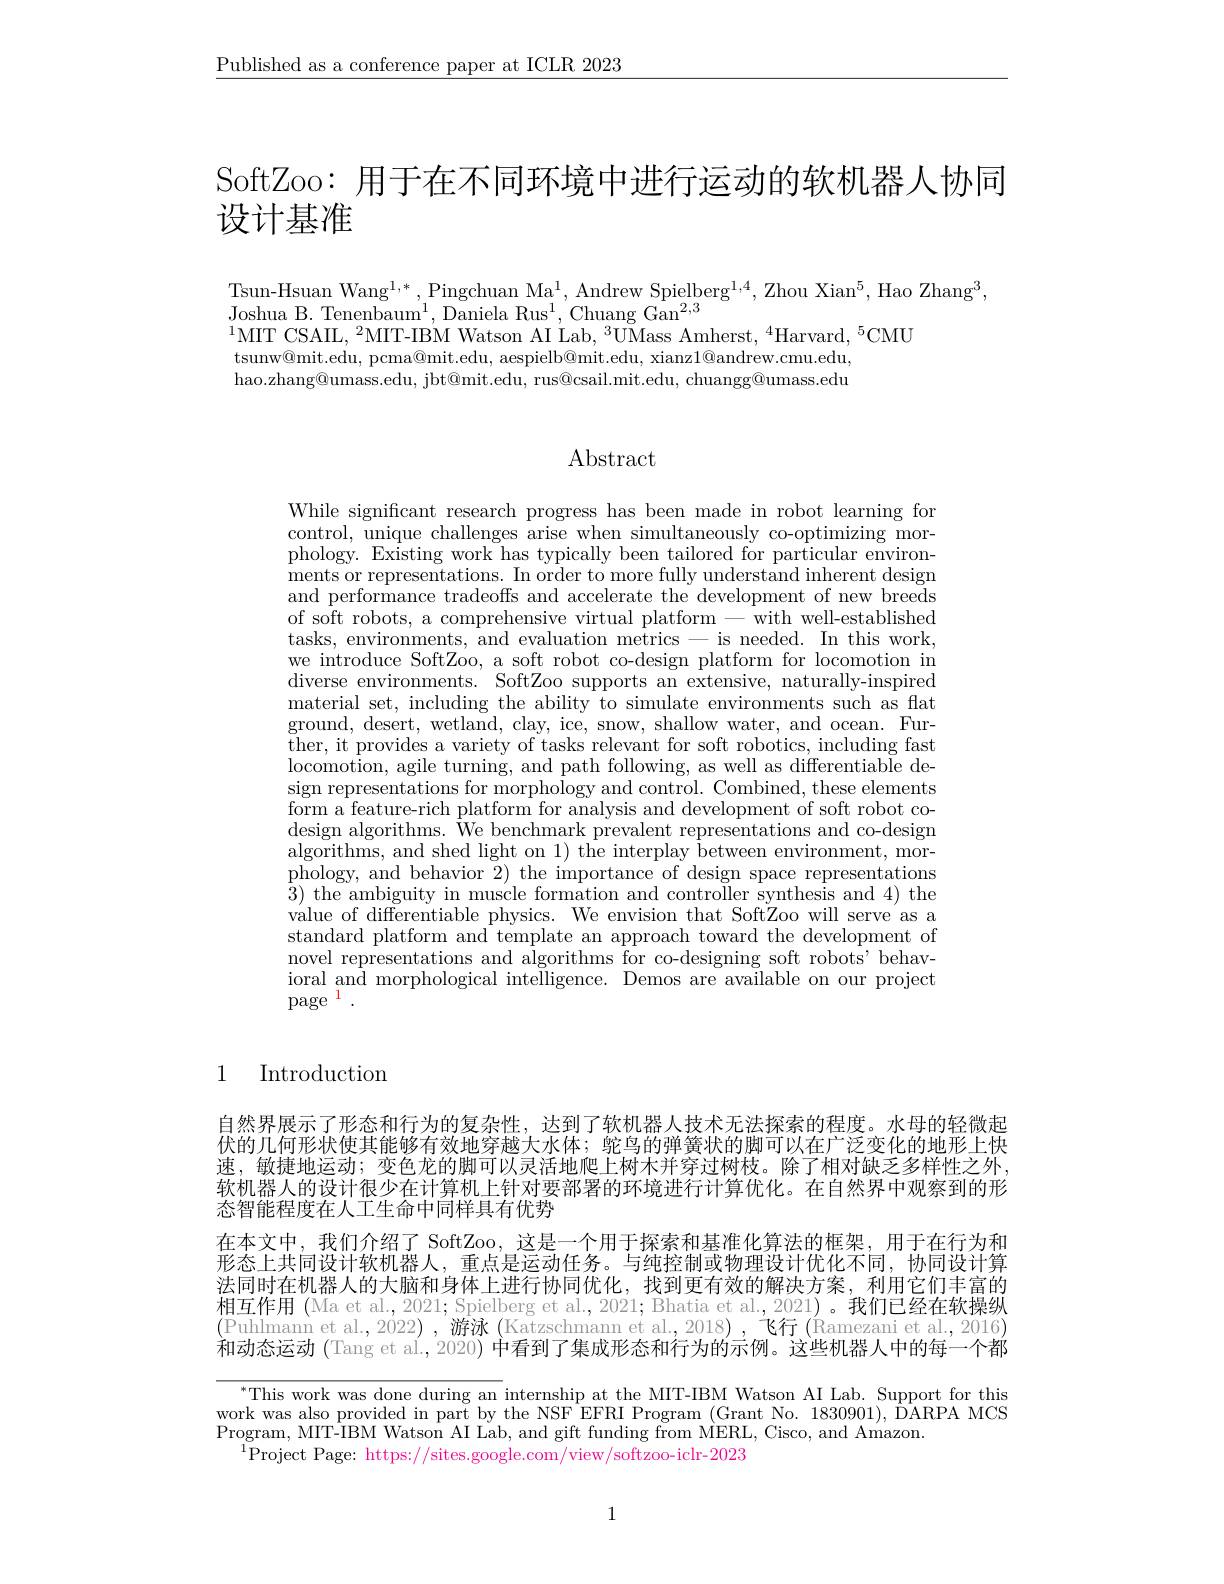
$\underline{\text{Published as a conference paper at ICLR 2023}}$

SoftZoo: 用于在不同环境中进行运动的软机器人协同
# 设计基准

Tsun-Hsuan Wang$^1,*$,Pingchuan Ma$^1$,Andrew Spielberg$^1,4$,Zhou Xian$^5$,Hao Zhang$^3$,
Joshua B. Tenenbaum$^1$, Daniela Rus$^1$, Chuang Gan$^2,3$
$^{1}$MIT CSAIL,$^2$MIT-IBM Watson AI Lab,$^3$UMass Amherst,$^4$Harvard,$^5$CMU
tsunw@mit.edu, pcma@mit.edu, aespielb@mit.edu, xianz$1@$andrew.cmu.edu, hao.zhang@umass.edu, jbt@mit.edu, rus@csail.mit.edu, chuangg@umass.edu

### Abstract

While significant research progress has been made in robot learning for control, unique challenges arise when simultaneously co-optimizing morphology. Existing work has typically been tailored for particular environments or representations. In order to more fully understand inherent design and performance tradeoffs and accelerate the development of new breeds of soft robots, a comprehensive virtual platform-with well-established tasks, environments, and evaluation metrics- is needed. In this work, we introduce SoftZoo, a soft robot co-design platform for locomotion in diverse environments. SoftZoo supports an extensive, naturally-inspired material set, including the ability to simulate environments such as flat ground, desert, wetland, clay, ice, snow, shallow water, and ocean. Fur- ther, it provides a variety of tasks relevant for soft robotics, including fast locomotion, agile turning, and path following, as well as differentiable design representations for morphology and control. Combined, these elements form a feature-rich platform for analysis and development of soft robot codesign algorithms. We benchmark prevalent representations and co-design algorithms, and shed light on 1) the interplay between environment, morphology, and behavior 2) the importance of design space representations $\bar{3})$ the ambiguity in muscle formation and controller synthesis and 4) the value of differentiable physics. We envision that SoftZoo will serve'as a standard platform and template an approach toward the development of novel representations and algorithms for co-designing soft robots'behavioral and morphological intelligence. Demos are available on our project page$^{1}.$

# 1 Introduction

自然界展示了形态和行为的复杂性，达到了软机器人技术无法探索的程度。水母的轻微起伏的几何形状使其能够有效地穿越大水体；鸵鸟的弹簧状的脚可以在广泛变化的地形上快速，敏捷地运动；变色龙的脚可以灵活地爬上树木并穿过树枝。除了相对缺乏多样性之外软机器人的设计很少在计算机上针对要部署的环境进行计算优化。在自然界中观察到的形态智能程度在人工生命中同样具有优势
在本文中，我们介绍了 SoftZoo, 这是一个用于探索和基准化算法的框架，用于在行为和形态上共同设计软机器人，重点是运动任务。与纯控制或物理设计优化不同，协同设计算法同时在机器人的大脑和身体上进行协同优化，找到更有效的解决方案，利用它们丰富的相互作用 (Ma et al., 2021; Spielberg et al., 2021; Bhatia et al., 2021)。我们已经在软操纵$\left(\text{Puhlmann et al.,2022), 游泳 }\left(\text{Katzschmann et al.,2018),飞行}\left(\text{Ramezani et al.,2016}\right)\right..\left(\text{Puhlmann et al.,2022), }\left(\text{Katzschmann et al.,2018), 飞行}\left(\text{Ramezani et al.,2016}\right)\right.\left(\text{Puhlmann et al.},2022\right),\left(\text{Katzschmann et al.,2018), 飞行}\left(\text{Ramezani et al$ 和动态运动 (Tang et al., 2020) 中看到了集成形态和行为的示例。这些机器人中的每一个都

$^{*}$This work was done during an internship at the MIT-IBM Watson AI Lab. Support for this work was also provided in part by the NSF EFRI Program (Grant No. 1830901), DARPA MCS Program, MIT-IBM Watson AI Lab, and gift funding from MERL, Cisco, and Amazon.
$^{1}$Project Page: https://sites.google.com/view/softzoo-iclr-2023

1